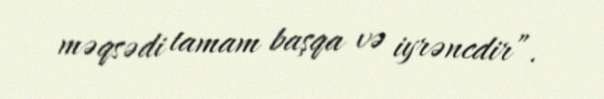
məqsədi tamam başqa və iyrəncdir”.